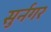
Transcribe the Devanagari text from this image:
सुर्नगर